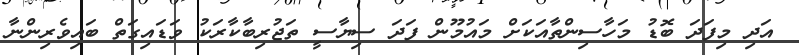
އަދި މިފަދަ ބޮޑު މަހާސިންތާއަކަށް މައުމޫން ފަދަ ސިޔާސީ ތަޖުރިބާކާރަކު ވަޑައިގަތް ބައިވެރިންނާ